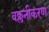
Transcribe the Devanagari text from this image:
वक्लनीकरण